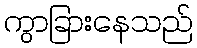
ကွာခြားနေသည်